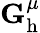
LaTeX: \mathbf{G}_{\mathrm{h}}^{\mu}